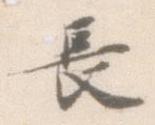
長